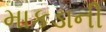
માકડાની